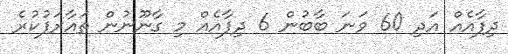
ދިފާއެއް އަދި 60 ވަނަ ބާބުން 6 ދިފާއެއް މި ގާނޫނުން ތައާރަފުކުރެ